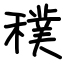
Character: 穙